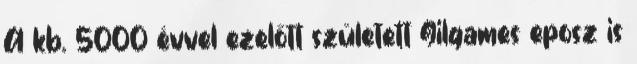
A kb. 5000 évvel ezelőtt született Gilgames eposz is